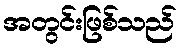
အတွင်းဖြစ်သည်